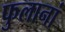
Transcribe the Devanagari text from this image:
फुलानां